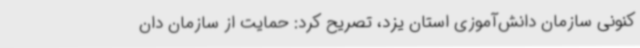
کنونی سازمان دانش‌آموزی استان یزد، تصریح کرد: حمایت از سازمان دان